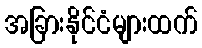
အခြားနိုင်ငံများထက်